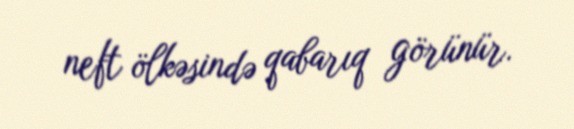
neft ölkəsində qabarıq görünür.